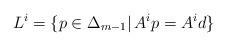
LaTeX: \begin{align*} L^{i} = \{ p \in \Delta_{m-1} \vert \, A^{i}p = A^{i}d \}\end{align*}